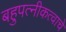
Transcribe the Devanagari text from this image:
बहुपत्‍नीकत्वाचे